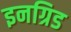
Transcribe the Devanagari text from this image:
इनग्रिड